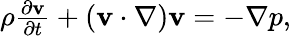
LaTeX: \begin{array}{r}{\rho\frac{\partial\mathbf{v}}{\partial t}+(\mathbf{v}\cdot\nabla)\mathbf{v}=-\nabla p,}\end{array}